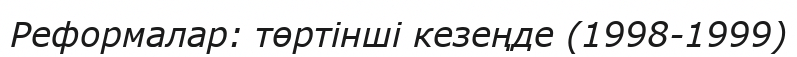
Реформалар: төртiншi кезеңде (1998-1999)